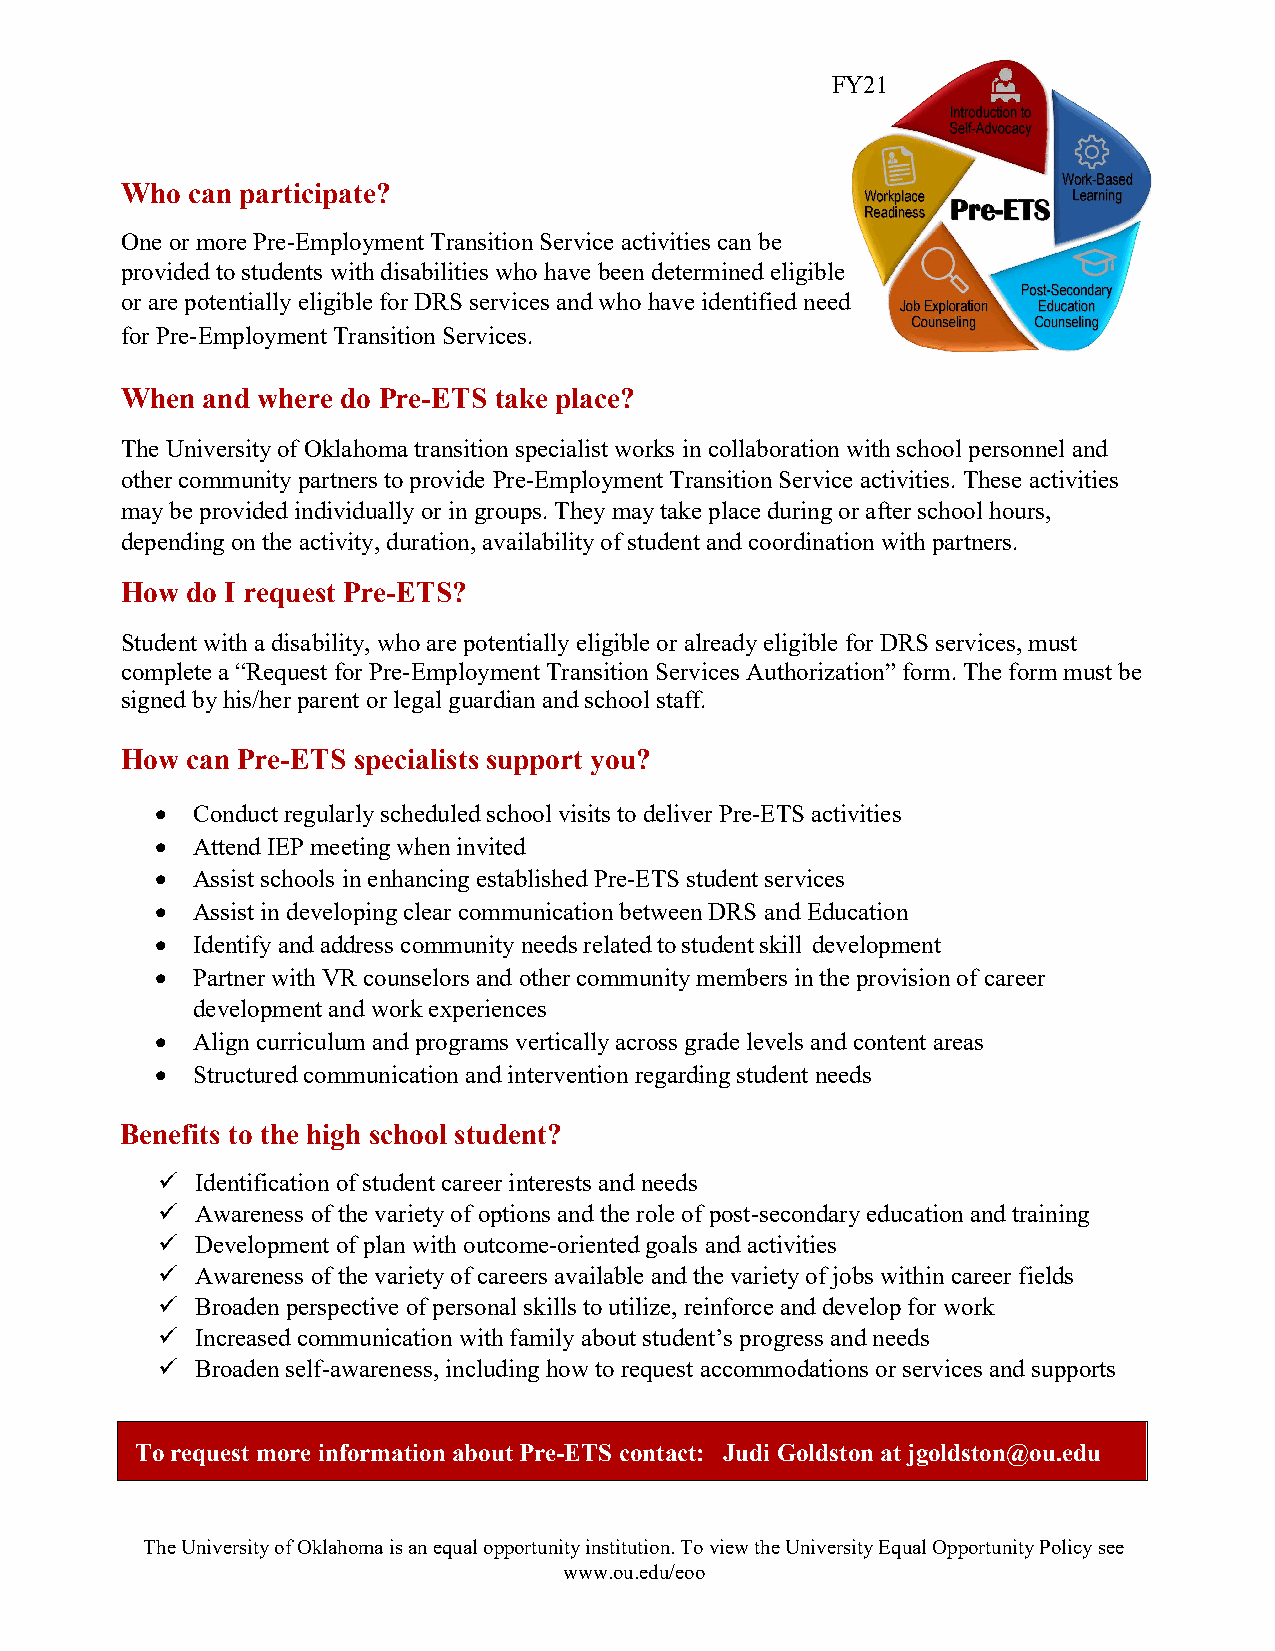
FY21
 Who can participate?
 One or more Pre-Employment Transition Service activities can be
 provided to students with disabilities who have been determined eligible
 or are potentially eligible for DRS services and who have identified need
 for Pre-Employment Transition Services.
 When and where do Pre-ETS take place?
 The University of Oklahoma transition specialist works in collaboration with school personnel and
 other community partners to provide Pre-Employment Transition Service activities. These activities
 may be provided individually or in groups. They may take place during or after school hours,
 depending on the activity, duration, availability of student and coordination with partners.
 How do I request Pre-ETS?
 Student with a disability, who are potentially eligible or already eligible for DRS services, must
 complete a “Request for Pre-Employment Transition Services Authorization” form. The form must be
 signed by his/her parent or legal guardian and school staff.
 How can Pre-ETS specialists support you?
 •  Conduct regularly scheduled school visits to deliver Pre-ETS activities
 •  Attend IEP meeting when invited
 •  Assist schools in enhancing established Pre-ETS student services
 •  Assist in developing clear communication between DRS and Education
 •  Identify and address community needs related to student skill development
 •  Partner with VR counselors and other community members in the provision of career
 development and work experiences
 •  Align curriculum and programs vertically across grade levels and content areas
 •  Structured communication and intervention regarding student needs
 Benefits to the high school student?
 ✓  Identification of student career interests and needs
 ✓  Awareness of the variety of options and the role of post-secondary education and training
 ✓  Development of plan with outcome-oriented goals and activities
 ✓  Awareness of the variety of careers available and the variety of jobs within career fields
 ✓  Broaden perspective of personal skills to utilize, reinforce and develop for work
 ✓  Increased communication with family about student’s progress and needs
 ✓  Broaden self-awareness, including how to request accommodations or services and supports
 To request more information about Pre-ETS contact: Judi Goldston at jgoldston@ou.edu
 The University of Oklahoma is an equal opportunity institution. To view the University Equal Opportunity Policy see
 www.ou.edu/eoo